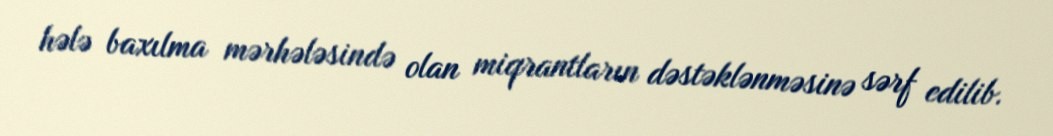
hələ baxılma mərhələsində olan miqrantların dəstəklənməsinə sərf edilib.